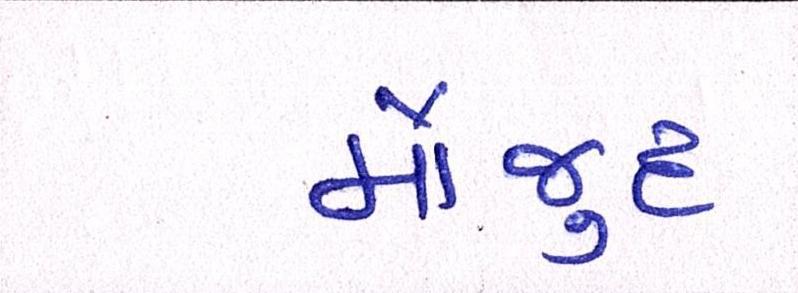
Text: મૌજુદ